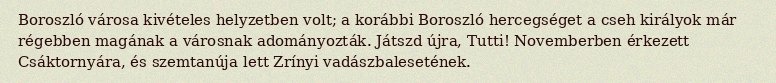
Boroszló városa kivételes helyzetben volt; a korábbi Boroszló hercegséget a cseh királyok már régebben magának a városnak adományozták. Játszd újra, Tutti! Novemberben érkezett Csáktornyára, és szemtanúja lett Zrínyi vadászbalesetének.